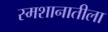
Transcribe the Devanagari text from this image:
स्मशानातीला